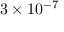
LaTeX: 3 \times 1 0 ^ { - 7 }